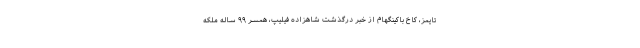
تایمز، کاخ باکینگهام از خبر درگذشت شاهزاده فیلیپ، همسر ۹۹ ساله ملکه